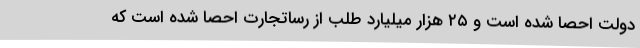
دولت احصا شده است و ۲۵ هزار میلیارد طلب از رساتجارت احصا شده است که